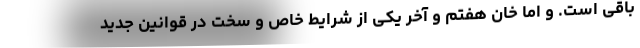
باقی است. و اما خان هفتم و آخر یکی از شرایط خاص و سخت در قوانین جدید